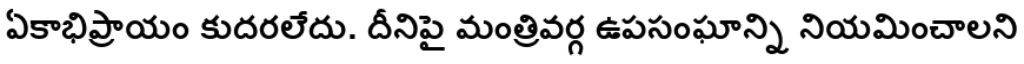
ఏకాభిప్రాయం కుదరలేదు. దీనిపై మంత్రివర్గ ఉపసంఘాన్ని నియమించాలని